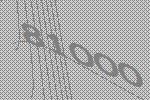
81000